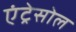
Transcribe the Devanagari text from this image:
एंट्रेसोल